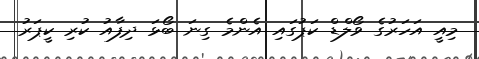
މިއީ އަހަރުގެ ވޯލްޑް ކަޕުގައި އެންމެ ގިނަ ބޯޅަ ދިފާއު ކުރި ކީޕަރު